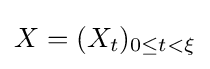
X=(X_{t})_{0\leq t<\xi }